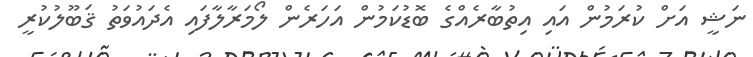
ނަޝީ އަށް ކުރަމުން އައި އިތުބާރެއްގެ ބޮޑުކަމުން އަހަރެން ލޯމަރާލާފައި އެދައުވަތު ޤަބޫލުކުރީ